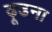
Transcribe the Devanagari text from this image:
ढ़ूढना